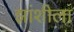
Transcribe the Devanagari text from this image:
झांशीला